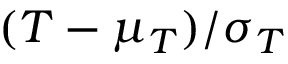
( T - \mu _ { T } ) / \sigma _ { T }